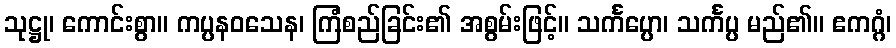
သုဋ္ဌု၊ ကောင်းစွာ။ ကပ္ပနဝသေန၊ ကြံစည်ခြင်း၏ အစွမ်းဖြင့်။ သင်္ကပ္ပော၊ သင်္ကပ္ပ မည်၏။ ဧကဂ္ဂံ၊